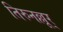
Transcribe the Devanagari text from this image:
तिरुनल्लूर्